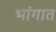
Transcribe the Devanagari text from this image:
भांगात